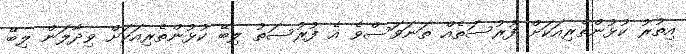
އިތުރު ކުޅުންތެރިއަކަށް ފުރުސަތެއް ތަނަވަސްވެ އެ ފުރުސަތު ލިބޭ ކުޅުންތެރިއަކަށް ވިދާލަން ލިބޭ